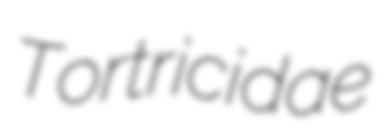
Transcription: Tortricidae